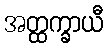
အတ္ထက္ခာယီ